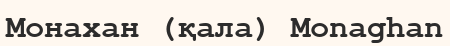
Монахан (қала) Monaghan